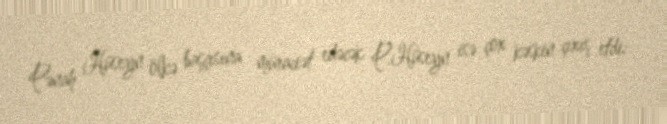
Pənah Hüseyn ölkə başçısına müraciət edəcək P.Hüseyn isə çox kəskin çıxış etdi: